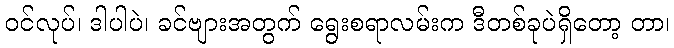
ဝင်လုပ်၊ ဒါပါပဲ၊ ခင်ဗျားအတွက် ရွေးစရာလမ်းက ဒီတစ်ခုပဲရှိတော့ တာ၊